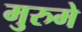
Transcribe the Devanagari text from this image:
मुरुमे